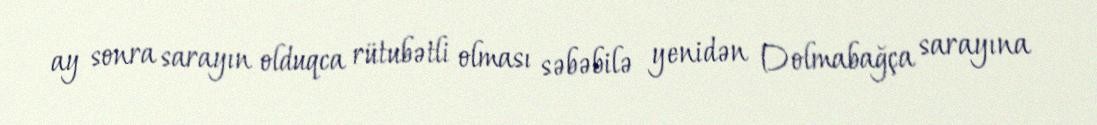
ay sonra sarayın olduqca rütubətli olması səbəbilə yenidən Dolmabağça sarayına